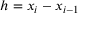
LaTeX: h = x _ { i } - x _ { i - 1 }